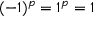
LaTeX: ( - 1 ) ^ { p } = 1 ^ { p } = 1